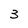
Character: 3